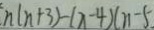
n ( n + 3 ) - ( x - 4 ) ( n - 5